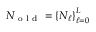
N _ { \mathrm { ~ o ~ l ~ d ~ } } = \left\{ N _ { \ell } \right\} _ { \ell = 0 } ^ { L }